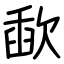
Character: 歃